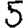
Digit: 5